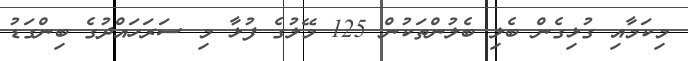
މިކަމާއި ގުޅިގެން ބެލި ބެލުންތަކުން 125 މޭލުގެ ފުޅާ މި ސަރަހައްދުގެ ބިންގަޑު